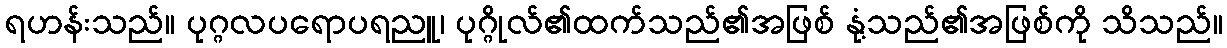
ရဟန်းသည်။ ပုဂ္ဂလပရောပရညူ၊ ပုဂ္ဂိုလ်၏ထက်သည်၏အဖြစ် နုံ့သည်၏အဖြစ်ကို သိသည်။